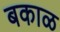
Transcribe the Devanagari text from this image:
बकाळ